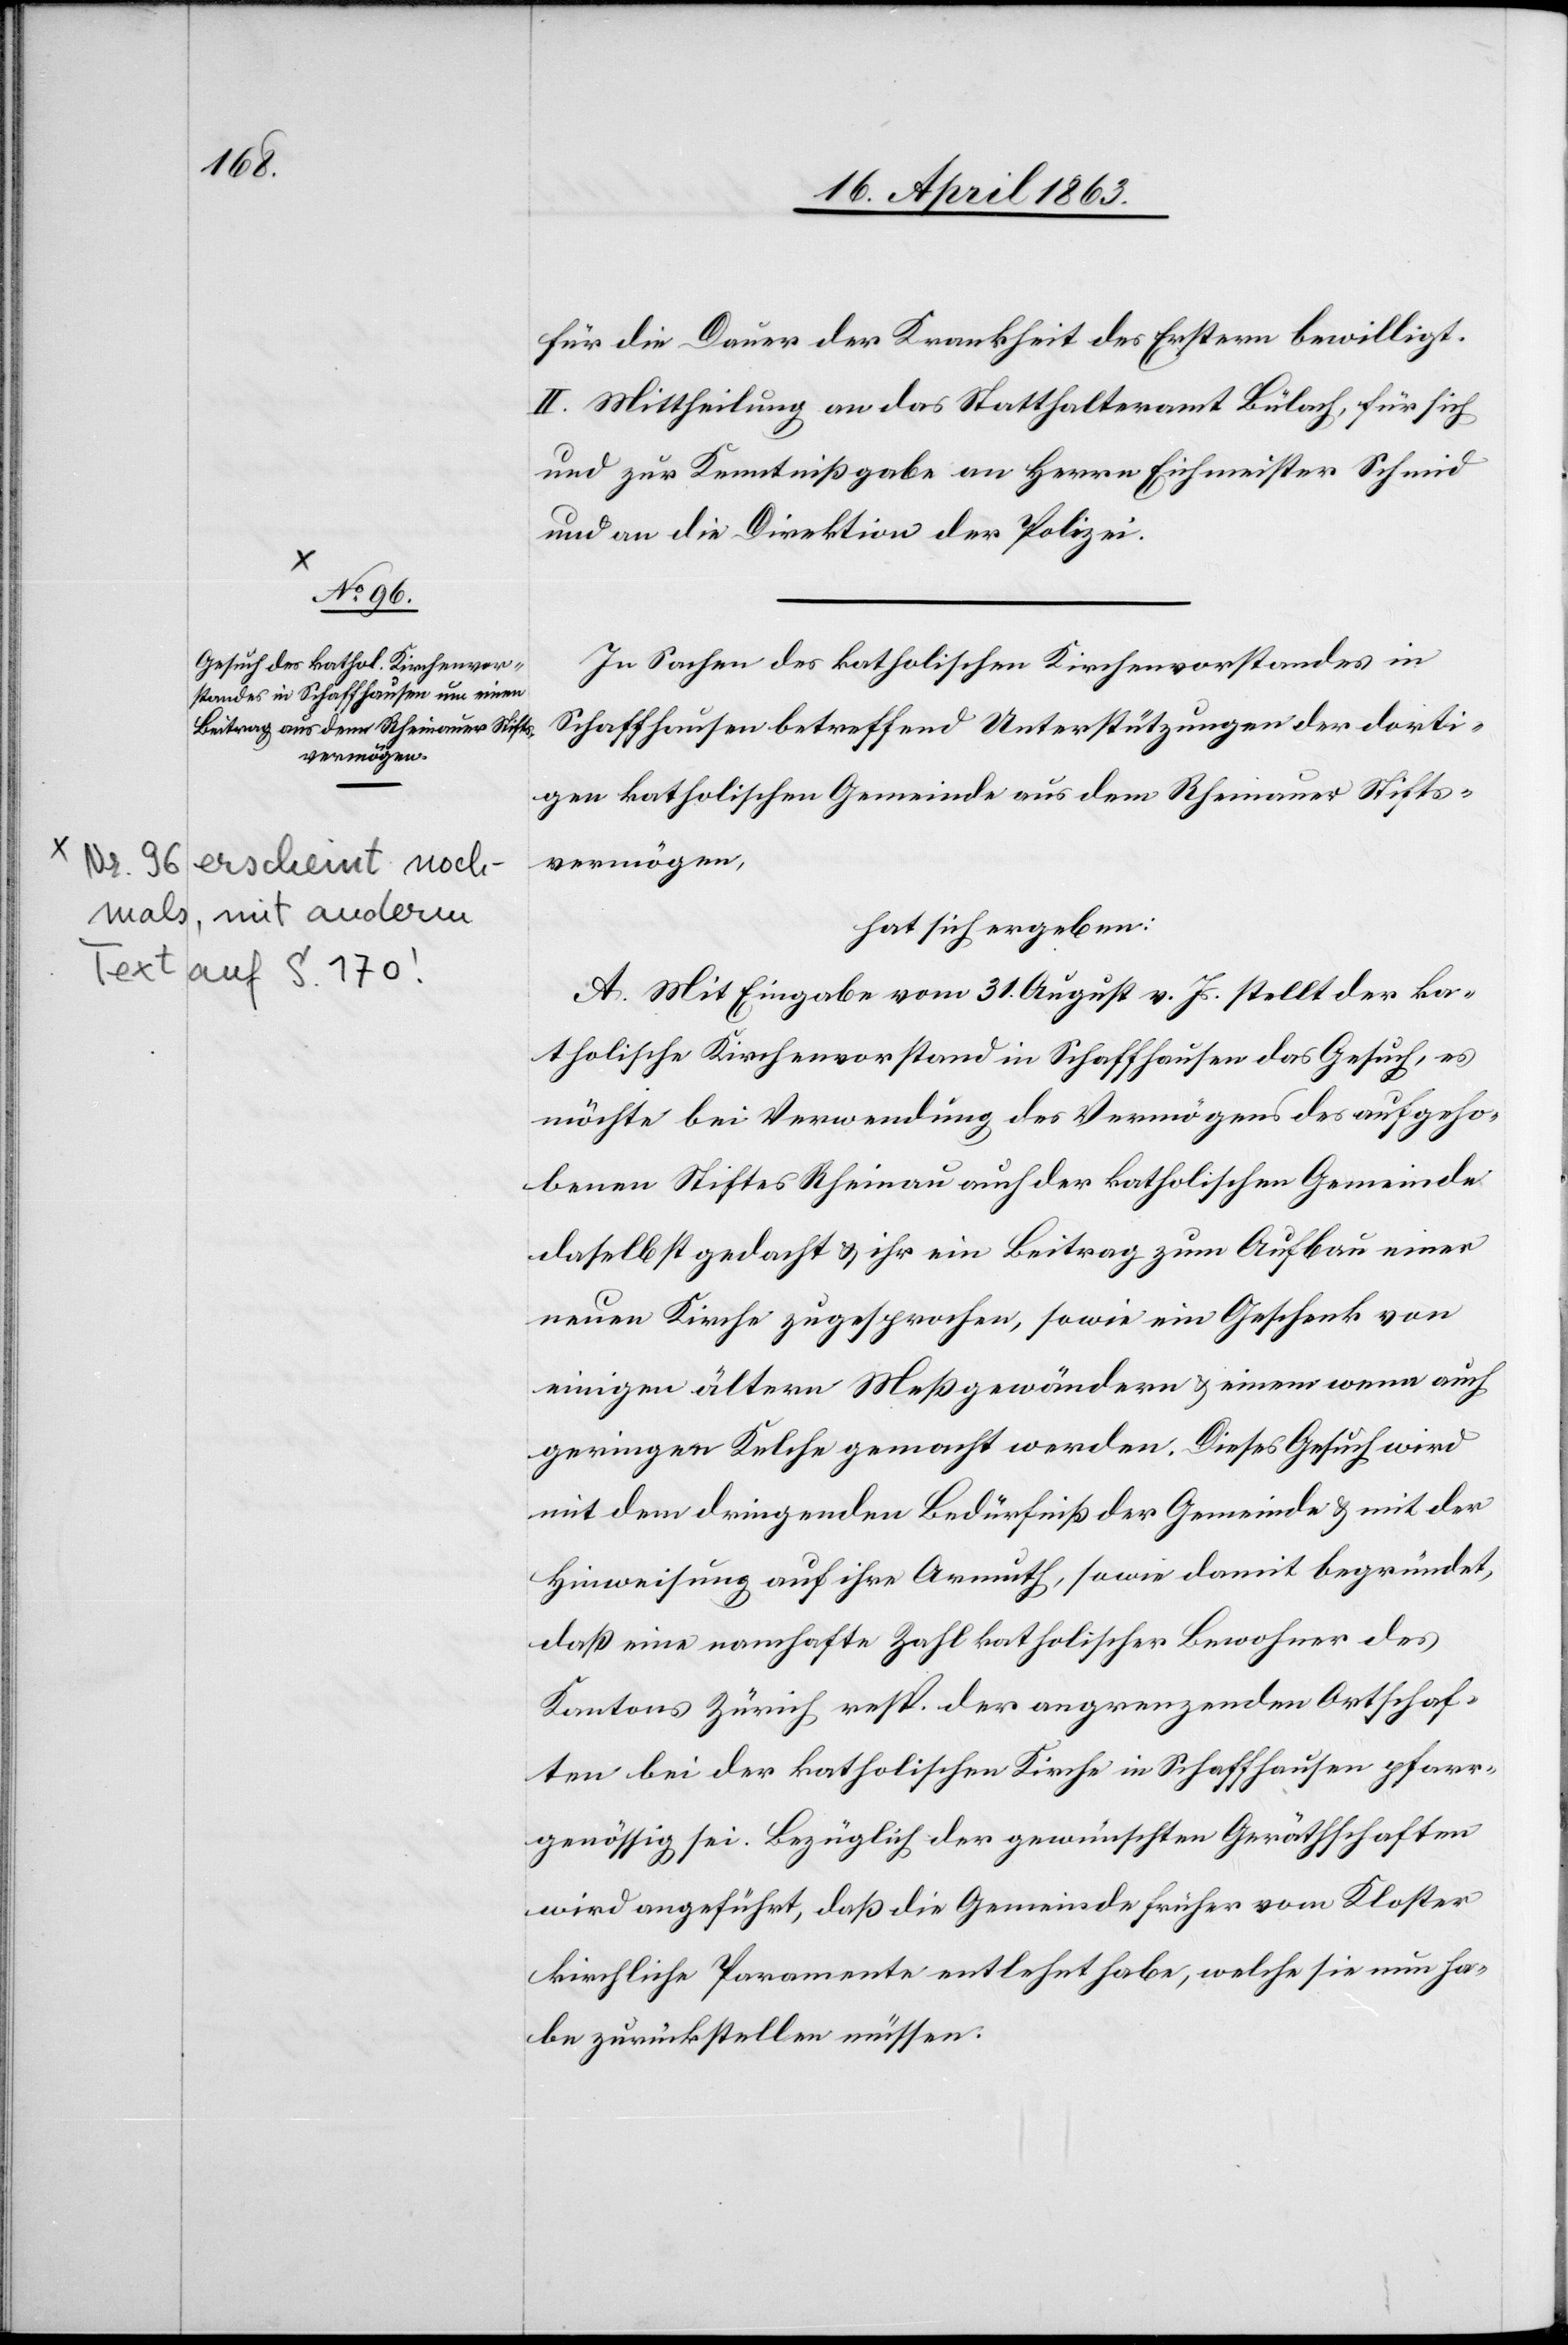
für die Dauer der Krankheit des Erstern bewilligt.
II. Mittheilung an das Statthalteramt Bülach, für sich
und zur Kenntnißgabe an Herrn Eichmeister Schmid
und an die Direktion der Polizei.
In Sachen des katholischen Kirchenvorstandes in
Schaffhausen betreffend Unterstützungen der dorti¬
gen katholischen Gemeinde aus dem Rheinauer Stifts¬
vermögen,
hat sich ergeben:
A. Mit Eingabe vom 31. August v. Js. stellt der ka¬
tholische Kirchenvorstand in Schaffhausen das Gesuch, es
möchte bei Verwendung des Vermögens des aufgeho¬
benen Stiftes Rheinau auch der katholischen Gemeinde
daselbst gedacht & ihr ein Beitrag zum Aufbau einer
neuen Kirche zugesprochen, sowie ein Geschenk von
einigen ältern Meßgewändern & einem wenn auch
geringen Kelche gemacht werden. Dieses Gesuch wird
mit dem dringenden Bedürfniß der Gemeinde & mit der
Hinweisung auf ihre Armuth, sowie damit begründet,
daß eine namhafte Zahl katholischer Bewohner des
Kantons Zürich resp. der angrenzenden Ortschaf¬
ten bei der katholischen Kirche in Schaffhausen pfarr¬
genössig sei. Bezüglich der gewünschten Geräthschaften
wird angeführt, daß die Gemeinde früher vom Kloster
kirchliche Paramente entlehnt habe, welche sie nun ha¬
be zurückstellen müssen.